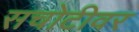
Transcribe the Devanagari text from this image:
सचोटीवर